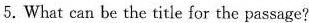
5. What can be the title for the passage?